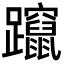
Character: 躥